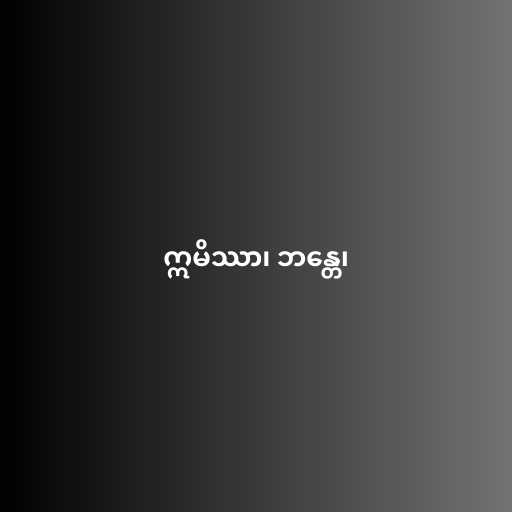
ဣမိဿာ၊ ဘန္တေ၊